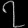
Digit: ၇